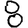
Digit: 8